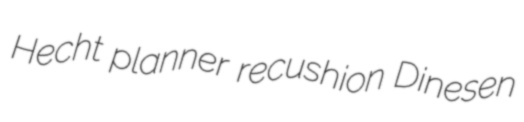
Hecht planner recushion Dinesen